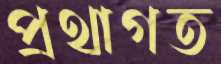
প্রথাগত